Annual report on the working of the mental hospitals in the Madras Presidency - 1912-1932
Year: 1912
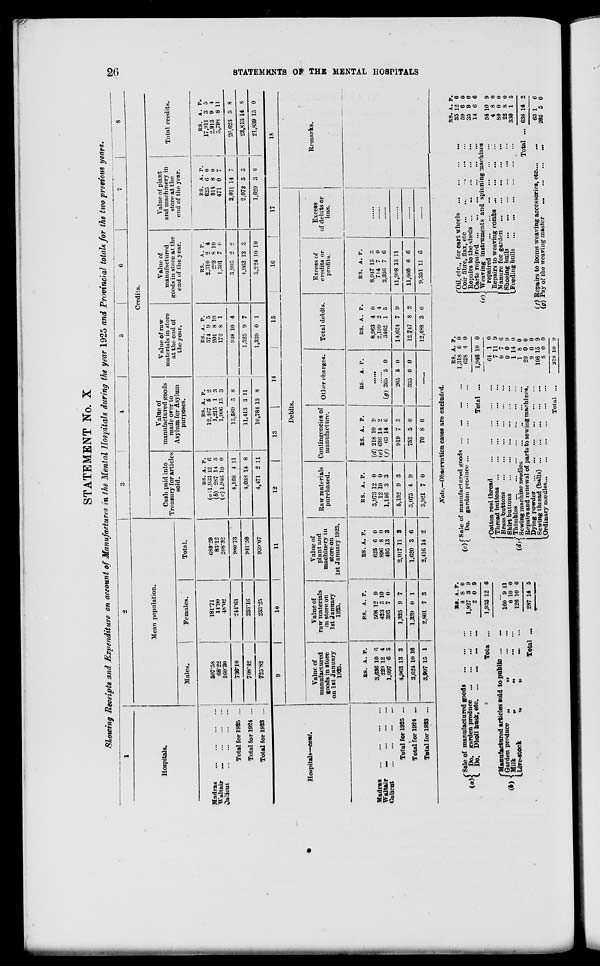
26
STATEMENTS ON THE MENTAL HOSPITALS
STATEMENT No. X
Showing Receipts and Expenditure on account of Manufactures in the Mental Hospitals during the year 1925 and Provincial totals for the two previous years.
1
Hospitals.
Madras ... ... ... ...
Waltair ... ... ... ...
Calitcut ... ... ... ...
Total for 1925 ...
Total for 1924 ...
Total for 1923 ...
2
Mean population.
Males.
507.58
68.22
160.30
736.10
708.12
725.82
Females.
181.71
14.90
48.02
244.63
233.16
233.25
Total.
689.29
83.12
208.32
980.73
941.58
959.07
3
4
5
6
7
8
Credits.
Cash paid into
Treasury for articles
sold.
RS.
(a)1,933
(b) 287
(c)l,946
4,168
4,038
4,471
A.
12
14
10
4
14
2
P.
6
5
0
11
8
11
Value of
manufactured goods
made over to
Asylum for Asylum
purposes.
RS.
12,467
1,215
1,906
15,589
11,413
10,784
A.
5
1
15
5
3
13
P.
2
3
3
8
11
8
Value of raw
materials in store
at the end of
the year.
RS.
574
201
172
918
1,325
1,339
A.
9
8
8
10
9
0
P.
5
10
1
4
7
1
Value of
manufactured
goods in store at the
end of the year.
RS.
2,310
293
1,301
3,905
1,963
3,224
A.
2
8
7
2
13
10
P.
4
10
0
2
3
10
Value of plant
and machinery in
store at the
end of the year.
RS.
625
915
471
2,011
2,072
1,620
A.
6
8
0
14
5
3
P.
0
0
7
7
3
6
Total credits.
RS.
17,911
2,913
5,798
26,623
23,813
21,839
A.
3
9
8
5
14
15
P.
5
4
11
8
8
0
Hospitals—cont.
Madras
...
...
...
...
Waltair
...
...
...
...
Calicut
...
...
...
...
Total for 1925 ...
Total for 1924 ...
Total for 1923 ...
9
10
11
12
13
14
15
16
17
Debits.
Value of
manufactured
goods in store
on 1st January
1925.
RS.
3,636
229
1,097
4,963
3,624
3,997
A.
10
12
6
13
10
15
P.
6
4
5
3
16
1
Value of
raw materials
in store on
1st January
1925.
RS.
508
423
393
1,325
1,339
2,801
A.
12
5
7
9
0
7
P.
9
10
0
7
1
3
Value of
plant and
machinery in
store on
1st January 1925.
RS.
625
896
495
2,017
1,620
2,416
A.
6
8
13
11
3
14
P.
0
0
3
3
6
2
Raw materials
purchased.
RS.
3,973
12
1,146
5,132
5,075
3,921
A.
12
10
3
9
4
7
P.
0
0
3
3
9
0
Contingencies of
manufacture.
RS.
(d) 218
(e) 636
(f) 63
919
753
70
A.
10
14
14
7
5
8
P.
9
2
6
5
0
0
Other charges.
RS. A. P.
......
......
(g) 265
265
335
5
5
0
0
0
0
......
Total debits.
RS.
8,963
2,199
3462
14,624
12,747
12,488
A.
4
2
1
7
8
3
P.
0
4
5
9
2
6
Excess of
credits or
profits.
RS.
8,947
714
2,336
11,998
11,066
9,351
A.
15
7
7
13
6
11
P.
5
0
6
11
6
6
Excess
of debits or
loss.
......
......
......
......
......
......
18
Remarks.
Note.—Observation cases are excluded.
(a)
(b)
Sale of manufactured goods ... ... ...
Do. garden produce
...
...
...
...
Do. Dholl husk, etc. ... ... ... ...
Total ...
Manufactured articles told to public ... ...
Garden produce
„
„
...
...
Milk „ „ ... ...
Live-stock
„
„
...
...
Total ...
RS.
4
1,927
2
1,933
A.
8
3
0
12
P.
0
9
9
6
...
160
0
126
287
9
10
10
14
11
0
6
5
(c)
(d)
Sale of manufactured goods ... ... ... ...
Do. garden produce
...
...
...
...
...
Total ...
Cotton reel thread
...
...
...
...
...
Thread buttons
...
...
...
...
...
...
Brass buttons
...
...
...
...
...
...
Shirt buttons
...
...
...
...
...
...
Thimbles
...
...
...
...
...
...
...
Sewing machine needles
...
...
...
...
Repairs and renewal of parts to sewing machines.
Dying powder ... ... ... ... ... ...
Sewing thtead (balls) ... ... ... ... ... ...
Ordinary needles
...
...
...
...
...
...
Total ...
RS.
1,318
628
1,946
64
7
0
0
1
1
20
9
108
5
218
A.
6
4
10
1
11
7
0
14
8
0
0
5
0
10
P.
0
0
0
0
9
6
9
0
0
0
0
9
0
9
(e) Oil, etc., for cart wheels
...
...
...
...
Coir fibre, flax, etc
...
...
...
...
...
Repairs to the sheds ... ... ... ... ... ...
Carts repaired
...
...
...
...
...
...
...
Weaving instruments and spinning machines
repaired
...
...
...
...
...
...
Repairs to weaving combs
...
...
...
...
Manure for garden
...
...
...
...
...
...
Shoeing bulls ... ... ... ... ... ...
Feeding bulls
...
...
...
...
...
...
Total ...
(f) Repairs to looms weaving accessories, etc ... ...
(g) Pay of the weaving master
...
...
...
...
RS.
35
59
35
14
54
4
80
22
330
636
63
265
A.
12
6
9
6
10
8
0
8
1
14
1
5
P.
6
0
0
6
9
0
0
0
5
2
6
0